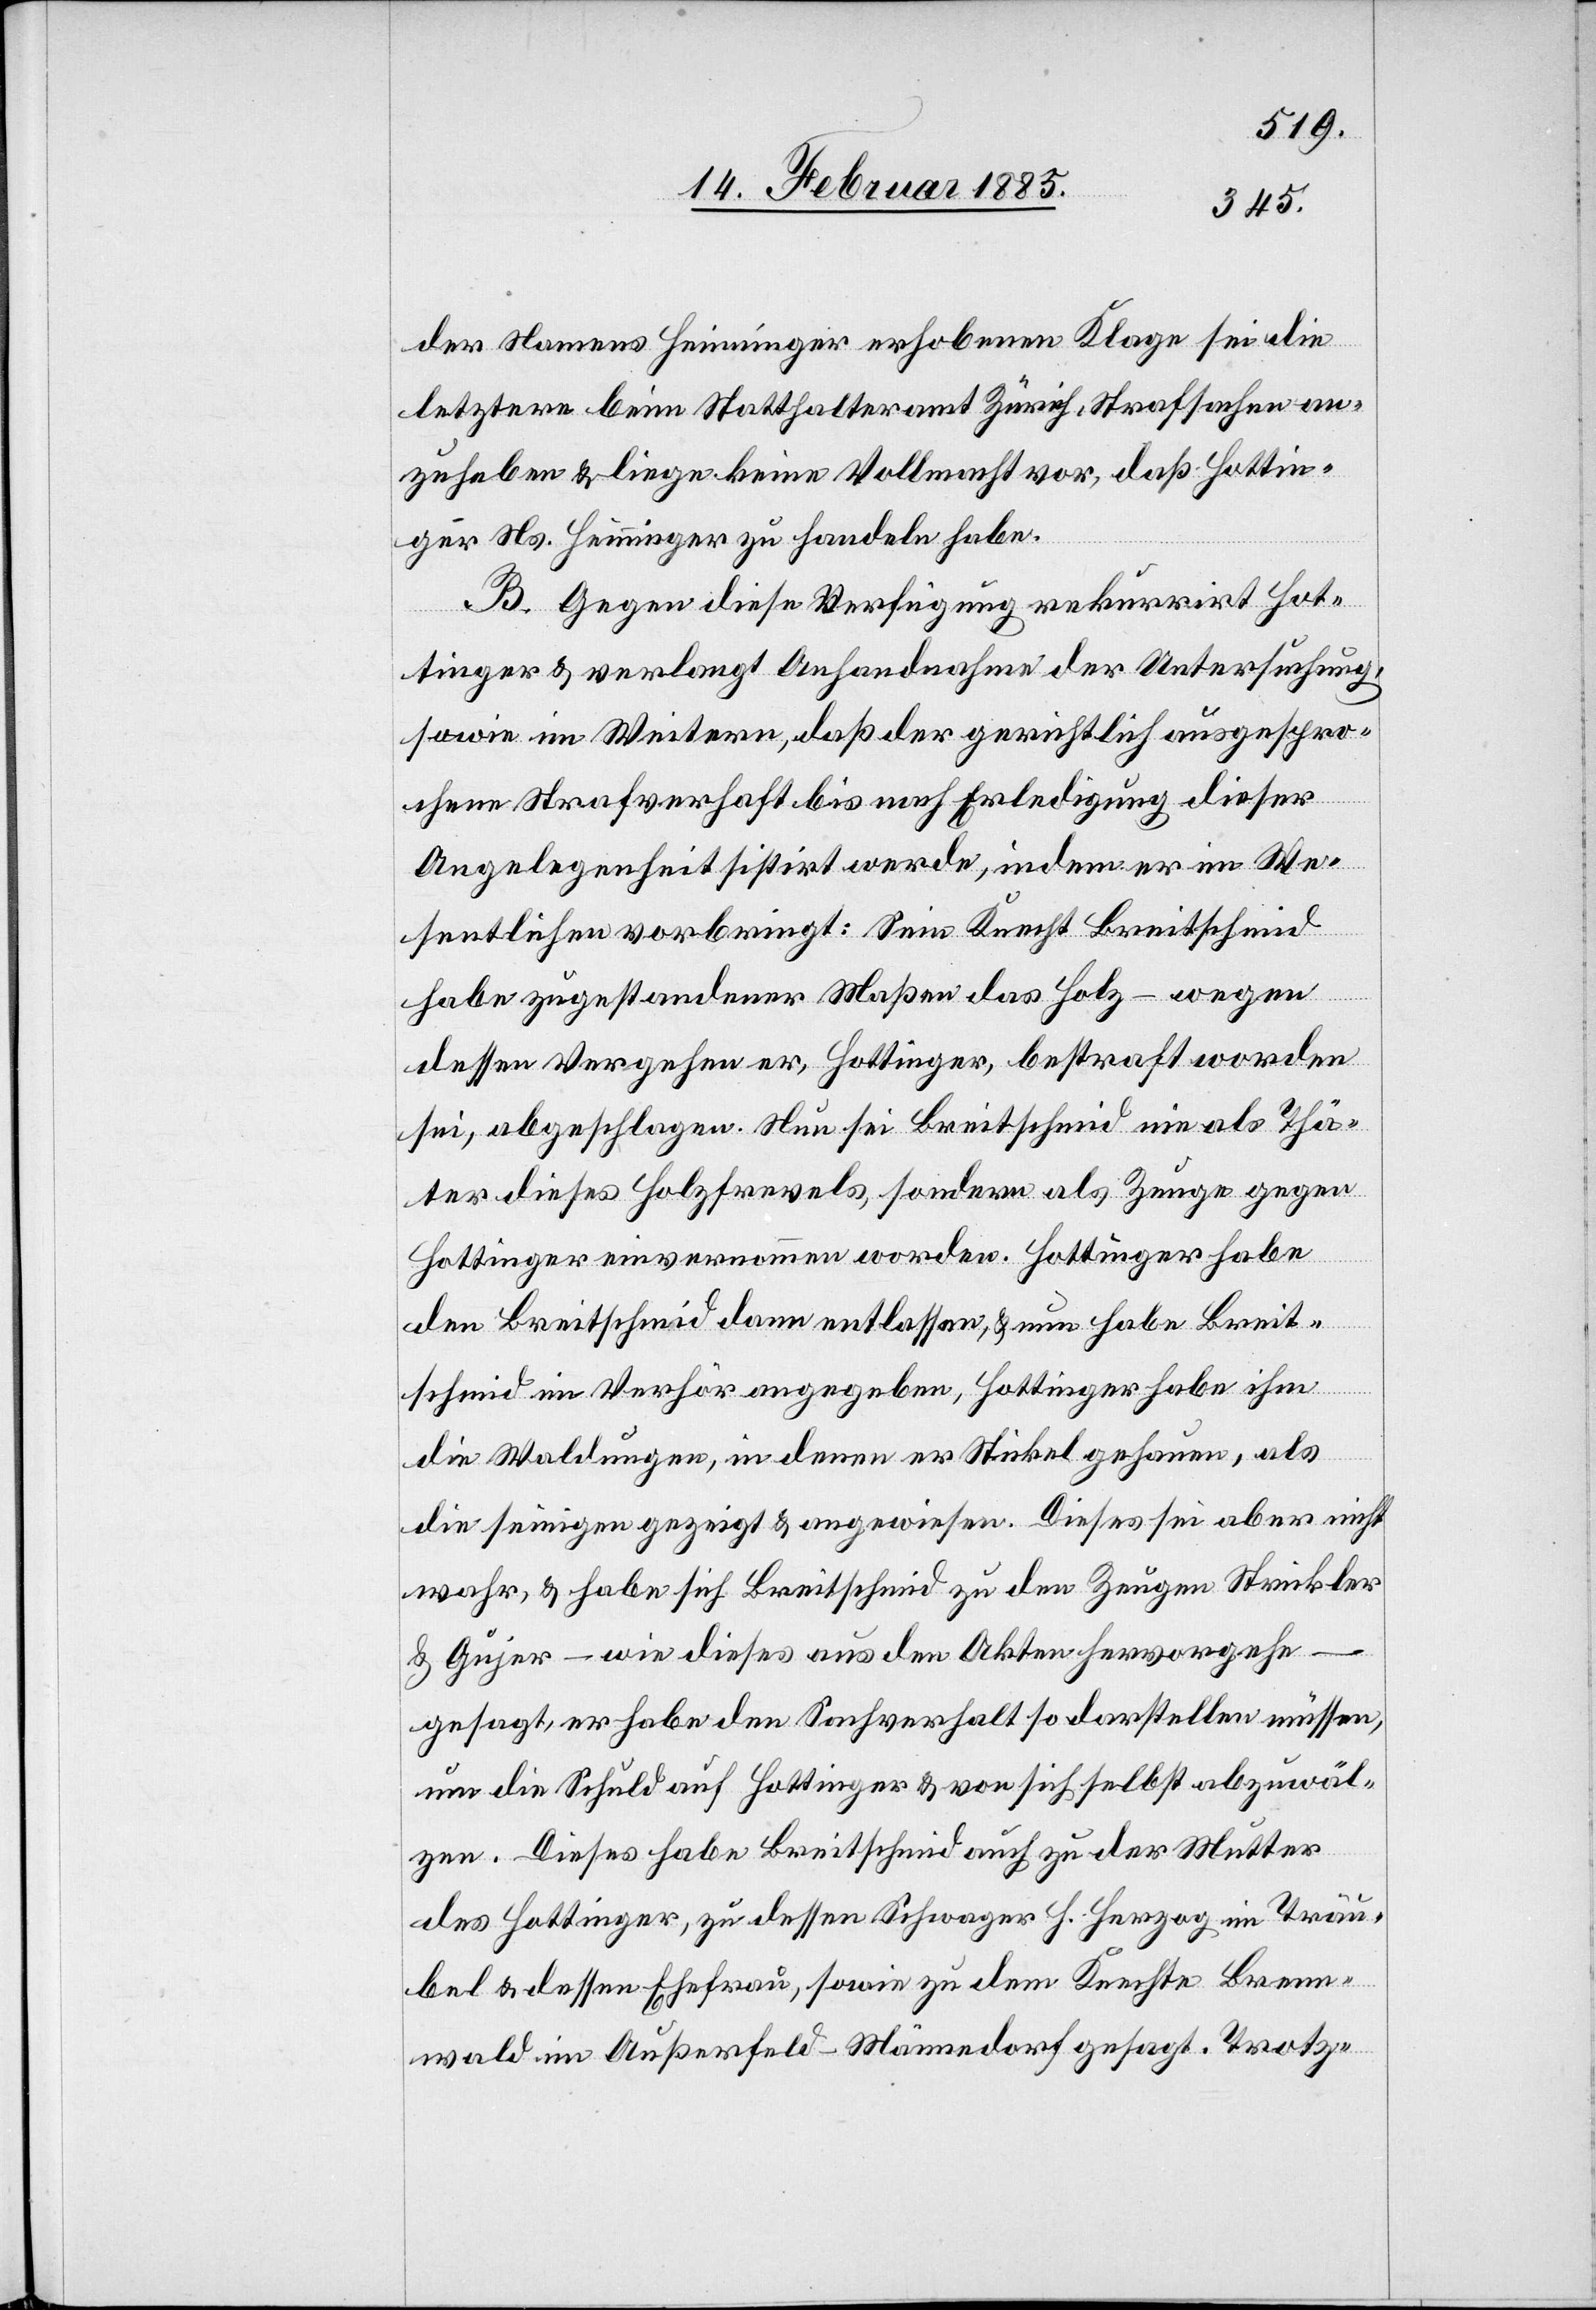
der Namens Heininger erhobenen Klage sei die
letztere beim Statthalteramt Zürich, Strafsachen an¬
zuhaben & liege keine Vollmacht vor, daß Hottin¬
ger Ns. Heinninger zu handeln habe.
B. Gegen diese Verfügung rekurrirt Hot¬
tinger & verlangt Anhandnahme der Untersuchung,
sowie im Weitern, daß der gerichtlich ausgespro¬
chene Strafverhaft bis nach Erledigung dieser
Angelegenheit sistirt werde, indem er im We¬
sentlichen vorbringt: Sein Knecht Breitschmid
habe zugestandener Maßen das Holz – wegen
dessen Vergehen er, Hottinger, bestraft worden
sei, abgeschlagen. Nun sei Breitschmid nie als Thä¬
ter dieses Holzfrevels, sondern als Zeuge gegen
Hottinger einvernommen worden. Hottinger habe
den Breitschmid dann entlassen, & nun habe Breit¬
schmid im Verhör angegeben, Hottinger habe ihm
die Waldungen, in denen er Stickel gehauen, als
die seinigen gezeigt & angewiesen. Dieses sei aber nicht
wahr, & habe sich Breitschmid zu den Zeugen Strickler
& Gujer – wie dieses aus den Akten hervorgehe –
gesagt, er habe den Sachverhalt so darstellen müssen,
um die Schuld auf Hottinger & von sich selbst abzuwäl¬
zen. Dieses habe Breitschmid auch zu der Mutter
des Hottinger, zu dessen Schwager H. Herzog im Trau¬
bel & dessen Ehefrau, sowie zu dem Knechte Brenn¬
wald im Außerfeld - Männedorf gesagt. Trotz-